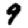
Digit: 9